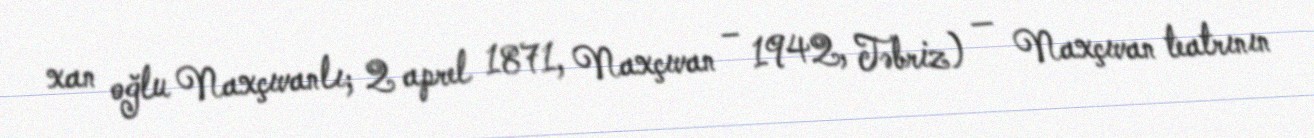
xan oğlu Naxçıvanlı; 2 aprel 1871, Naxçıvan – 1942, Təbriz) — Naxçıvan teatrının